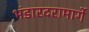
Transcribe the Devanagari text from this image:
भंडारदरामार्गे